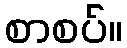
စာစပ်။